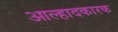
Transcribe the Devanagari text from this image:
आल्हादकारक